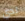
لدي